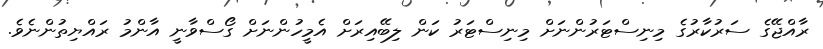
ރާއްޖޭގެ ސަރުކާރުގެ މިނިސްޓަރުންނަށް މިނިސްޓަރު ކަން ލިބޭއިރަށް އެމީހުންނަށް ގޯސްވާނީ އާންމު ރައްޔިތުންނެވެ.